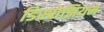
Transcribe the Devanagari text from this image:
डिस्प्रोझियम